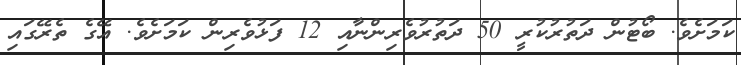
ކަމަށެވެ. ބޯޓުން ދަތުރުކުރީ 50 ދަތުރުވެރިންނާއި 12 ފަޅުވެރިން ކަމަށެވެ. އޭގެ ތެރޭގައި